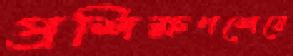
প্রশিক্ষণশেষে